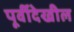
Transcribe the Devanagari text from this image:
पूर्वीदेखील